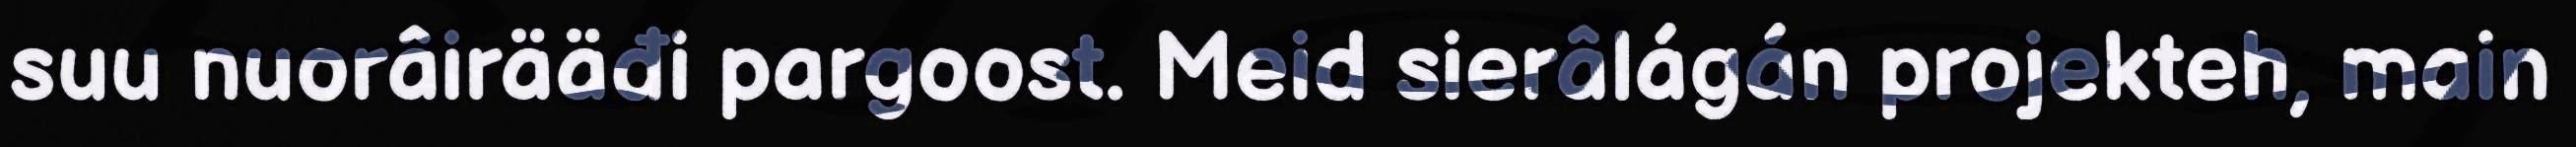
suu nuorâirääđi pargoost. Meid sierâlágán projekteh, main